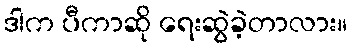
ဒါက ပီကာဆို ရေးဆွဲခဲ့တာလား။